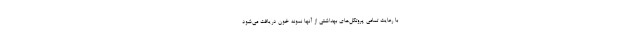
با رعایت تمامی پروتکل‌های بهداشتی از آنها نمونه خون دریافت می‌شود